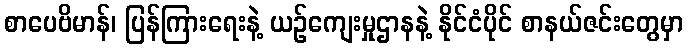
စာပေဗိမာန်၊ ပြန်ကြားရေးနဲ့ ယဉ်ကျေးမှုဌာနနဲ့ နိုင်ငံပိုင် စာနယ်ဇင်းတွေမှာ